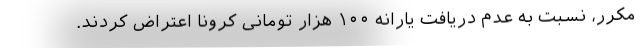
مکرر، نسبت به عدم دریافت یارانه ۱۰۰ هزار تومانی کرونا اعتراض کردند.